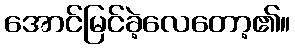
အောင်မြင်ခဲ့လေတော့၏။